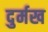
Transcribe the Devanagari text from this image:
दुर्मख